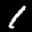
Label: 1